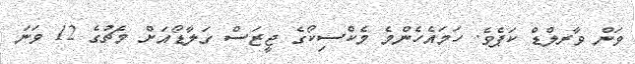
ވަން ވާރލްޑް ކަޕެވެ. ހަމައެހެންމެ މެކްސިކޯގެ ޖީޒަސް ގަލާޑޯއަށް މެޗުގެ 12 ވަނަ